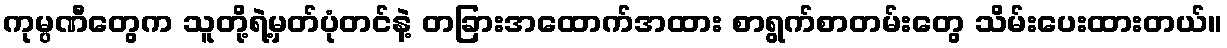
ကုမ္ပဏီတွေက သူတို့ရဲ့မှတ်ပုံတင်နဲ့ တခြားအထောက်အထား စာရွက်စာတမ်းတွေ သိမ်းပေးထားတယ်။